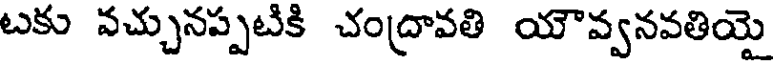
టకు వచ్చునప్పటికి చంద్రావతి యౌవ్వనవతియై